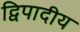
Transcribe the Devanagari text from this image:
द्विपादीय